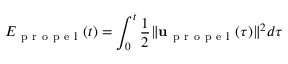
E _ { \mathrm { ~ p ~ r ~ o ~ p ~ e ~ l ~ } } ( t ) = \int _ { 0 } ^ { t } \frac { 1 } { 2 } \| \mathbf { u } _ { \mathrm { ~ p ~ r ~ o ~ p ~ e ~ l ~ } } ( \tau ) \| ^ { 2 } d \tau